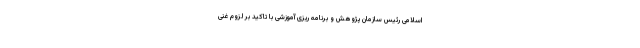
اسلامی رئیس سازمان پژوهش و برنامه ریزی آموزشی با تاکید بر لزوم غنی